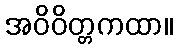
အဝိဝိတ္တကထာ။